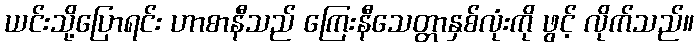
ယင်းသို့ပြောရင်း ဟာစာနီသည် ကြေးနီသေတ္တာနှစ်လုံးကို ဖွင့် လိုက်သည်။